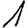
Digit: 1